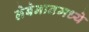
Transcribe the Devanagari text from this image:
लेबेनानमध्ये